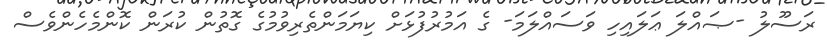
ރަސޫލު -ޞައްލަ ޢަލައިހި ވަސައްލަމަ- ގެ އަމުރުފުޅަށް ކިޔަމަންތެރިވުމުގެ ގޮތުން ކުރަން ކޮންމެހެންވެސް